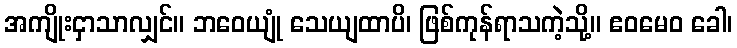
အကျိုးငှာသာလျှင်။ ဘဝေယျုံ သေယျထာပိ၊ ဖြစ်ကုန်ရာသကဲ့သို့။ ဧဝမေဝ ခေါ၊